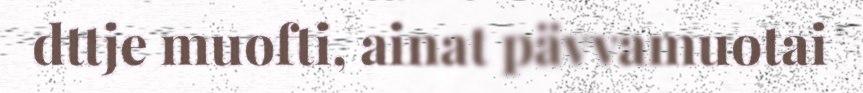
dttje muofti, ainat pävvamuotai